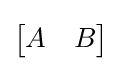
{\begin{bmatrix}A&B\end{bmatrix}}